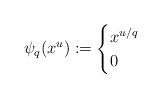
LaTeX: \begin{align*}\psi_q(x^u) := \begin{cases}x^{u/q} & \\0 & \end{cases}\end{align*}